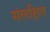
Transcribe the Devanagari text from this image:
संलक्षित